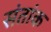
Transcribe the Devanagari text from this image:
संतांक